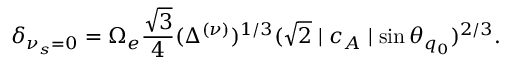
\delta _ { \nu _ { s } = 0 } = \Omega _ { e } \frac { \sqrt { 3 } } { 4 } ( \Delta ^ { ( \nu ) } ) ^ { 1 / 3 } ( \sqrt { 2 } \mid c _ { A } \mid \sin \theta _ { q _ { 0 } } ) ^ { 2 / 3 } .